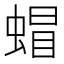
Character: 蝐